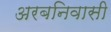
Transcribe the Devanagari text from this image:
अरबनिवासी